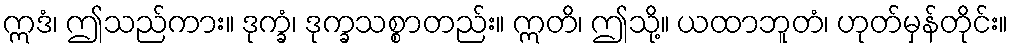
ဣဒံ၊ ဤသည်ကား။ ဒုက္ခံ၊ ဒုက္ခသစ္စာတည်း။ ဣတိ၊ ဤသို့။ ယထာဘူတံ၊ ဟုတ်မှန်တိုင်း။